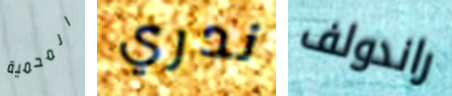
المحمية ندري راندولف